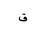
Letter: _qaf